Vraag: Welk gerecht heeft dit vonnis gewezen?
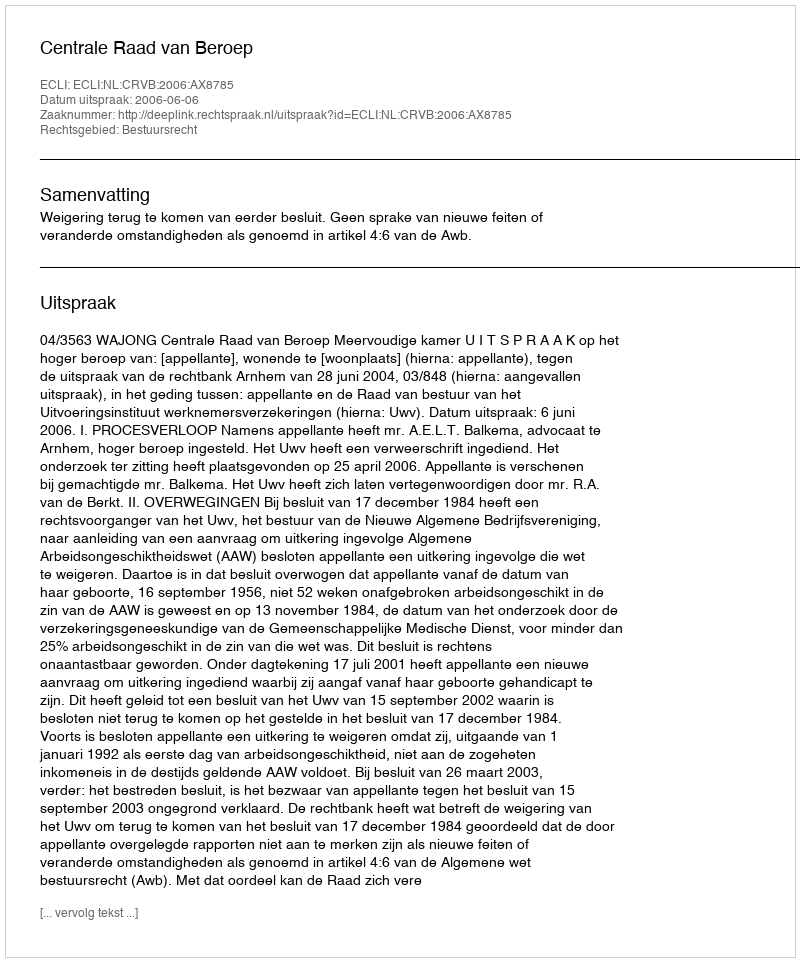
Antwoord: Centrale Raad van Beroep